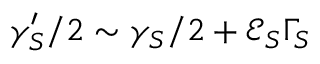
\gamma _ { S } ^ { \prime } / 2 \sim \gamma _ { S } / 2 + \mathcal { E } _ { S } \Gamma _ { S }